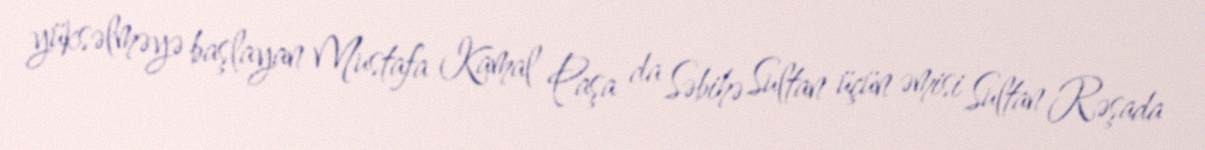
yüksəlməyə başlayan Mustafa Kamal Paşa da Səbihə Sultan üçün əmisi Sultan Rəşada